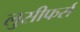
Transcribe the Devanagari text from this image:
लुसीफर्स